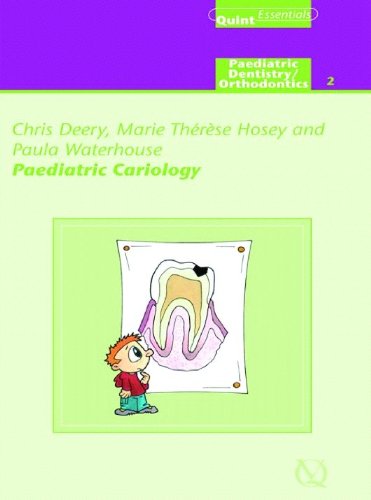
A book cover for Paediatric Cariology (Quintessentials); Chris Deery; Medical Books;